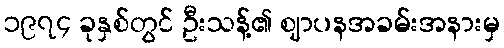
၁၉၇၄ ခုနှစ်တွင် ဦးသန့်၏ ဈာပနအခမ်းအနားမှ